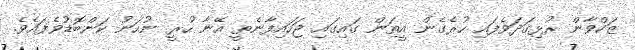
ޒަކްވާން ރުޅިގަދަވެފައި ހުރެގެން އީތަން ގައިގައި ޖަހައިފާނެތީ އޭނާ ހުރީ ނުހަނު ކަންބޮޑުވެފައެވެ.